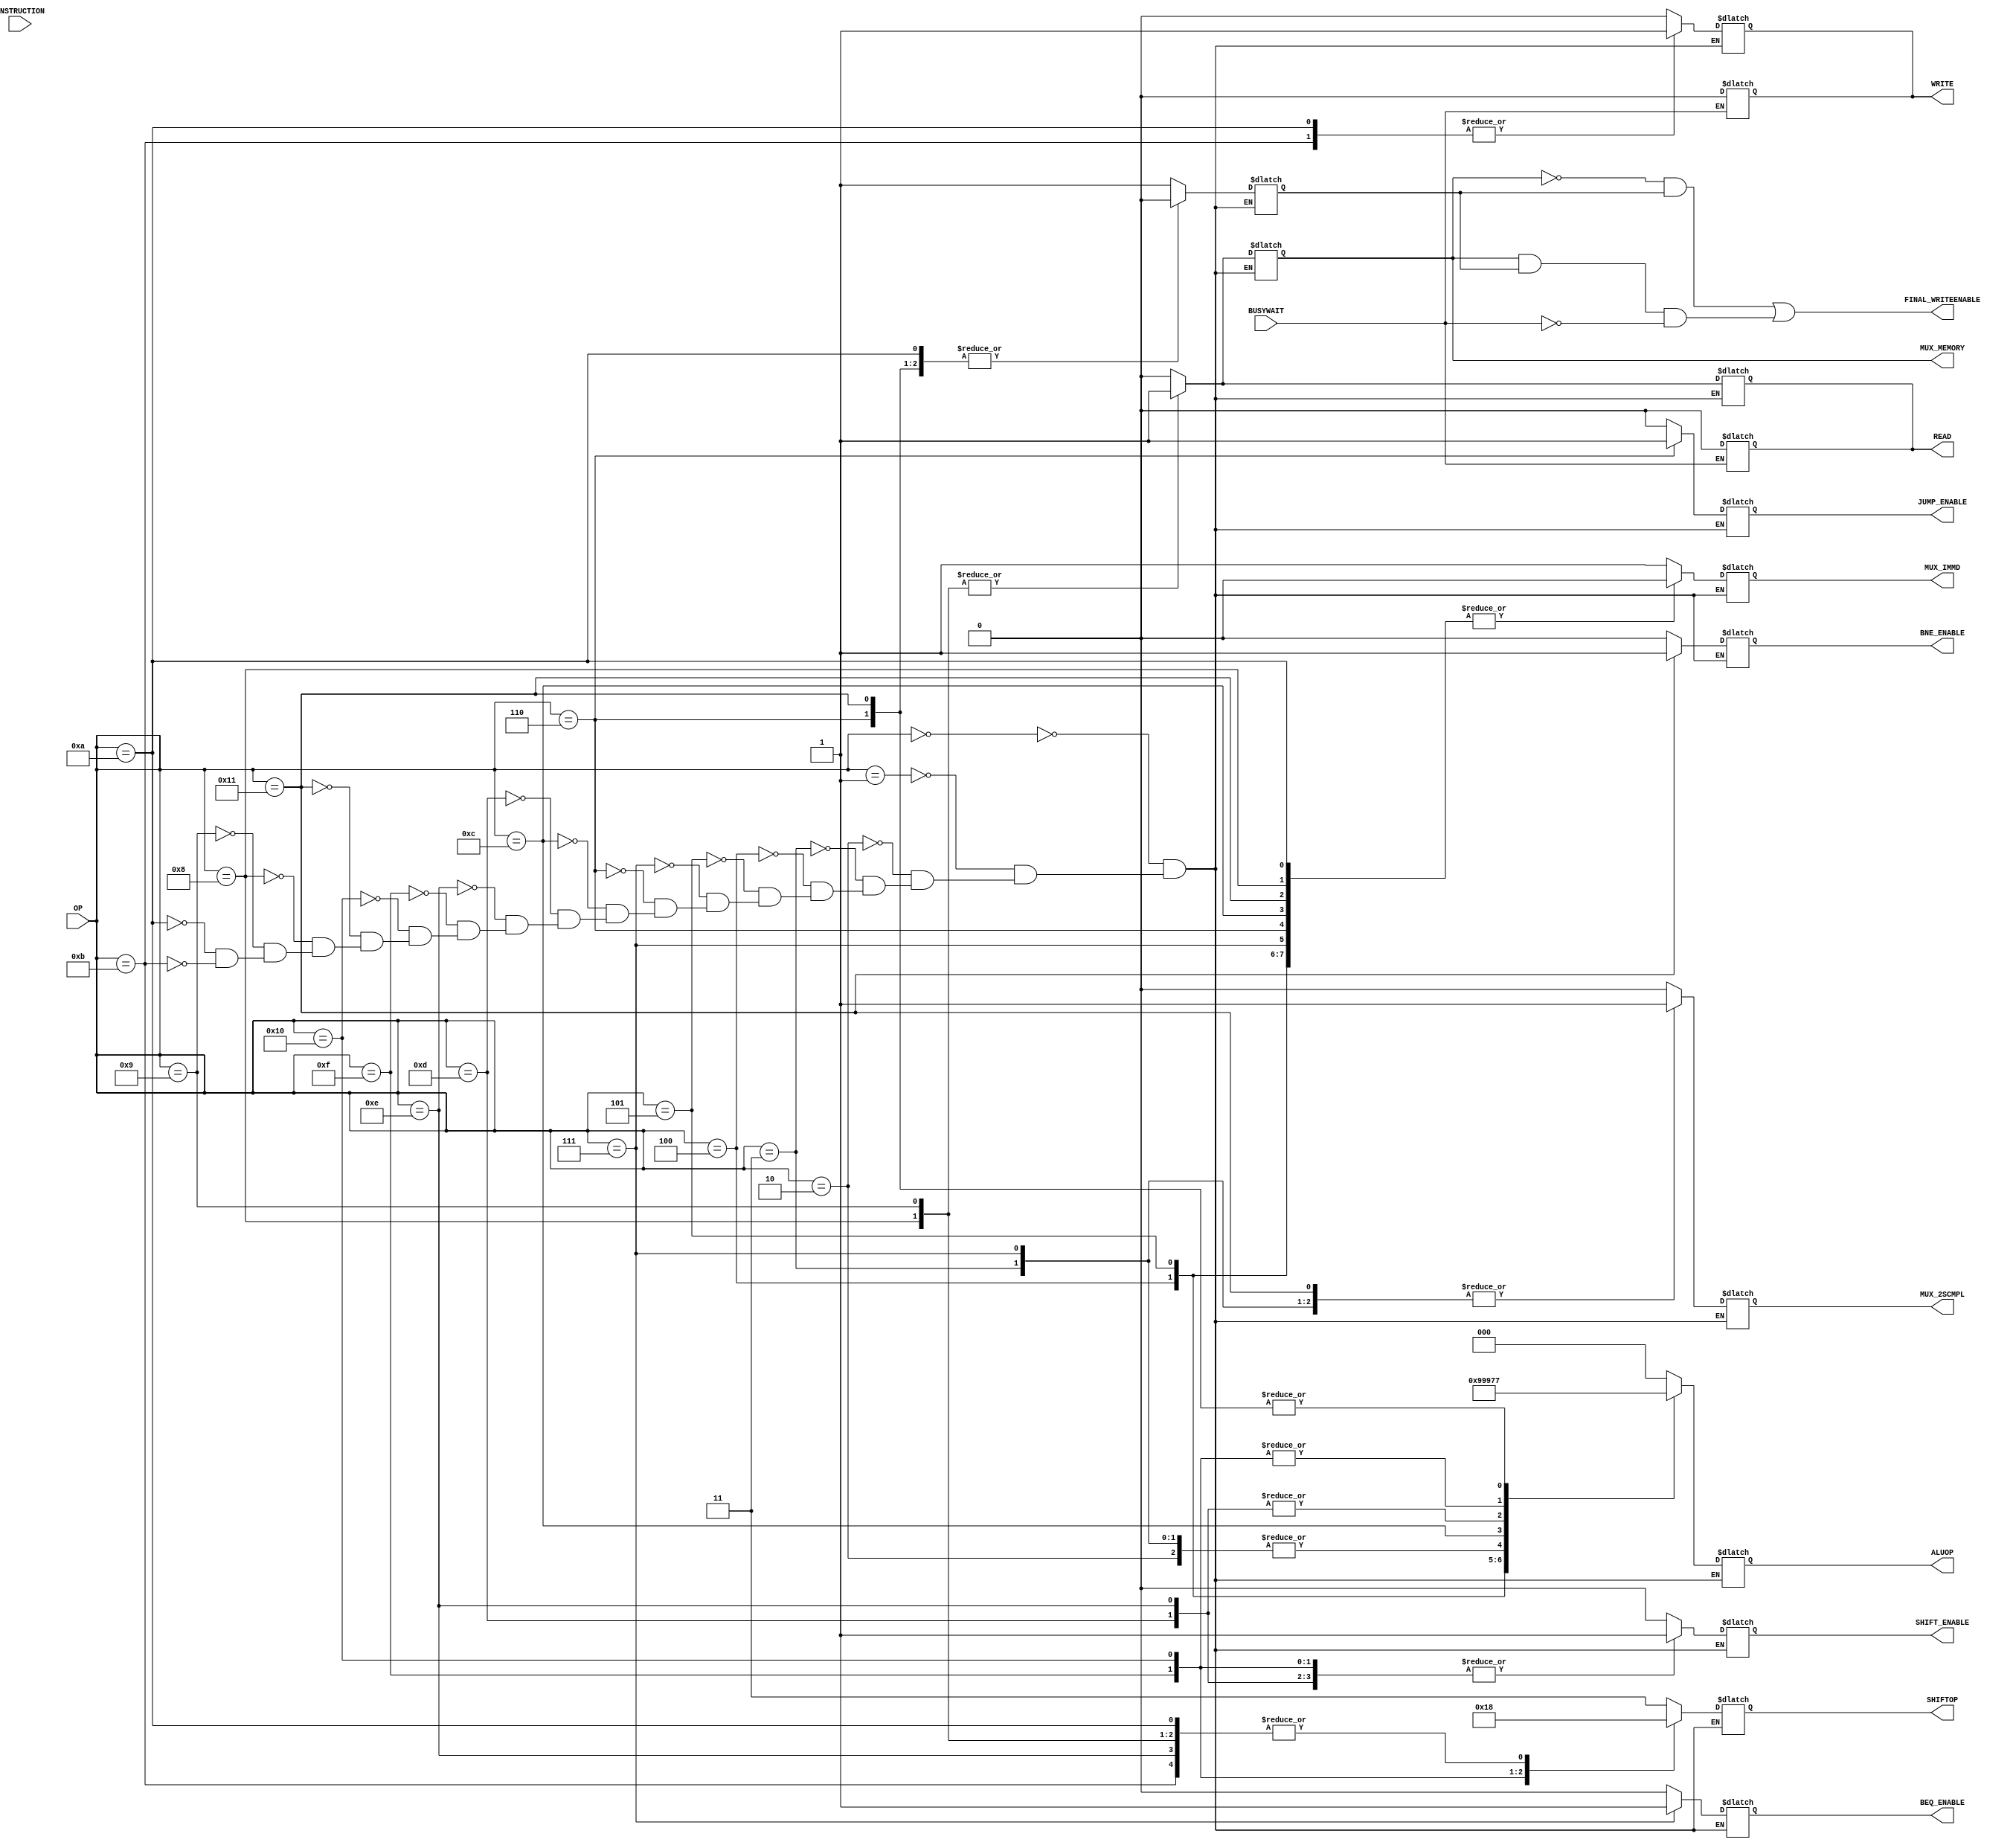
/*
 *
 *	Part 3
 *	CONTROL UNIT
 *
 *
 */

`timescale 1ns/100ps

module control_unit(BUSYWAIT, INSTRUCTION, WRITE, READ, MUX_MEMORY, ALUOP,MUX_2SCMPL,MUX_IMMD,FINAL_WRITEENABLE,BEQ_ENABLE, JUMP_ENABLE, BNE_ENABLE, SHIFT_ENABLE, SHIFTOP, OP );


	input BUSYWAIT;
	input [7:0] OP;						// opcode
	input [31:0] INSTRUCTION;
	output reg MUX_2SCMPL, MUX_IMMD, FINAL_WRITEENABLE, BEQ_ENABLE, JUMP_ENABLE, BNE_ENABLE, SHIFT_ENABLE, WRITE, READ, MUX_MEMORY;		// 1 bit outputs from control unit
	output reg [1:0] SHIFTOP;				// shift type
	output reg [2:0] ALUOP;					// 3-bits ALU opcode
	reg WRITEENABLE;
	
	always @(INSTRUCTION)
	begin 	
	
		#1

		case(OP)
			// case for load immediate value
			8'b00000000: begin
			
				ALUOP = 3'b000;		// alu operation code 
				MUX_2SCMPL = 1'b0;	// 2s complement select pin
				MUX_IMMD = 1'b1;	// immediadte value select pin
				WRITEENABLE = 1'b1;	// register write enable pin
				BEQ_ENABLE = 1'b0;	// branch equal enable pin
				JUMP_ENABLE = 1'b0;	// jump enable pin
				BNE_ENABLE = 1'b0;	// bne enable pin
				SHIFT_ENABLE = 1'b0;	// right left shift enable pin
				SHIFTOP = 2'bXX;	// shift type
				WRITE = 1'b0;		// memory write pin
				READ = 1'b0;		// memory read pin
				MUX_MEMORY = 1'b0;	// memory output write to register access pin
				
			end
			
			// case for move register value
			8'b00000001: begin

				ALUOP = 3'b000;		// alu operation code
                                MUX_2SCMPL = 1'b0;	// 2s complement select pin
                                MUX_IMMD = 1'b0;	// immediadte value select pin
                                WRITEENABLE = 1'b1;	// register write enable pin
				BEQ_ENABLE = 1'b0;      // branch equal enable pin
                                JUMP_ENABLE = 'b0;      // jump enable pin
				BNE_ENABLE = 1'b0;	// bne enable pin
				SHIFT_ENABLE = 1'b0;	// right left shift enable pin
				SHIFTOP = 2'bXX;	// shift type
				WRITE = 1'b0;		// memory write pin
				READ = 1'b0;		// memory read pin
				MUX_MEMORY = 1'b0;	// memory output write to register access pin
				
			end

			// case for add operation
			8'b00000010: begin
				
				ALUOP = 3'b001;		// alu operation code
                                MUX_2SCMPL = 1'b0;	// 2s complement select pin
                                MUX_IMMD = 1'b0;	// immediadte value select pin
                                WRITEENABLE = 1'b1;	// register write enable pin
				BEQ_ENABLE = 1'b0;      // branch equal enable pin
                                JUMP_ENABLE = 1'b0;     // jump enable pin
				BNE_ENABLE = 1'b0;	// bne enable pin
				SHIFT_ENABLE = 1'b0;	// right left shift enable pin
				SHIFTOP = 2'bXX;	// shift type
				WRITE = 1'b0;		// memory write pin
				READ = 1'b0;		// memory read pin
				MUX_MEMORY = 1'b0;	// memory output write to register access pin
				
			end

			// case for sub operation
			8'b00000011: begin

				ALUOP = 3'b001;		// alu operation code
                                MUX_2SCMPL = 1'b1;	// 2s complement select pin
                                MUX_IMMD = 1'b0;	// immediadte value select pin
                                WRITEENABLE = 1'b1;	// register write enable pin
				BEQ_ENABLE = 1'b0;      // branch equal enable pin
                                JUMP_ENABLE = 1'b0;     // jump enable pin
				BNE_ENABLE = 1'b0;	// bne enable pin
				SHIFT_ENABLE = 1'b0;	// right left shift enable pin
				SHIFTOP = 2'bXX;	// shift type
				WRITE = 1'b0;		// memory write pin
				READ = 1'b0;		// memory read pin
				MUX_MEMORY = 1'b0;	// memory output write to register access pin
				
			end	


			// case for and operation
			8'b00000100: begin
				
				ALUOP = 3'b010;		// alu operation code
                                MUX_2SCMPL = 1'b0;	// 2s complement select pin
                                MUX_IMMD = 1'b0;	// immediadte value select pin
                                WRITEENABLE = 1'b1;	// register write enable pin
				BEQ_ENABLE = 1'b0;      // branch equal enable pin
                                JUMP_ENABLE = 1'b0;     // jump enable pin
				BNE_ENABLE = 1'b0;	// bne enable pin
				SHIFT_ENABLE = 1'b0;	// right left shift enable pin
				SHIFTOP = 2'bXX;	// shift type
				WRITE = 1'b0;		// memory write pin
				READ = 1'b0;		// memory read pin
				MUX_MEMORY = 1'b0;	// memory output write to register access pin
				
                        end

			// case for or operation
			8'b00000101: begin
				
				ALUOP = 3'b011;		// alu operation code
                                MUX_2SCMPL = 1'b0;	// 2s complement select pin
                                MUX_IMMD = 1'b0;	// immediadte value select pin
                                WRITEENABLE = 1'b1;	// register write enable pin
				BEQ_ENABLE = 1'b0;      // branch equal enable pin
                                JUMP_ENABLE = 1'b0;     // jump enable pin
				BNE_ENABLE = 1'b0;	// bne enable pin
				SHIFT_ENABLE = 1'b0;	// right left shift enable pin
				SHIFTOP = 2'bXX;	// shift type
				WRITE = 1'b0;		// memory write pin
				READ = 1'b0;		// memory read pin
				MUX_MEMORY = 1'b0;	// memory output write to register access pin
				
                        end

			// case for beq
			8'b00000111: begin

				ALUOP = 3'b001;         // alu operation code
                                MUX_2SCMPL = 1'b1;      // 2s complement select pin
                                MUX_IMMD = 1'b0;        // immediadte value select pin
                                WRITEENABLE = 1'b0;     // register write enable pin
                                BEQ_ENABLE = 1'b1;      // branch equal enable pin
                                JUMP_ENABLE = 1'b0;     // jump enable pin
				BNE_ENABLE = 1'b0;	// bne enable pin
				SHIFT_ENABLE = 1'b0;	// right left shift enable pin
				SHIFTOP = 2'bXX;	// shift type
				WRITE = 1'b0;		// memory write pin
				READ = 1'b0;		// memory read pin
				MUX_MEMORY = 1'b0;	// memory output write to register access pin
				
			end	

			// case for jump
			8'b00000110: begin

				ALUOP = 3'b111;         // alu operation code
                                MUX_2SCMPL = 1'b0;      // 2s complement select pin
                                MUX_IMMD = 1'b0;        // immediadte value select pin
                                WRITEENABLE = 1'b0;     // register write enable pin
                                BEQ_ENABLE = 1'b0;      // branch equal enable pin
                                JUMP_ENABLE = 1'b1;     // jump enable pin
				BNE_ENABLE = 1'b0;	// bne enable pin
				SHIFT_ENABLE = 1'b0;	// right left shift enable pin
				SHIFTOP = 2'bXX;	// shift type
				WRITE = 1'b0;		// memory write pin
				READ = 1'b0;		// memory read pin
				MUX_MEMORY = 1'b0;	// memory output write to register access pin
				

			end
			
			
			
			// case for multiplication 
			8'b00001100: begin
				
				ALUOP = 3'b100;         // alu operation code
				MUX_2SCMPL = 1'b0;      // 2s complement select pin
				MUX_IMMD = 1'b0;        // immediadte value select pin
				WRITEENABLE = 1'b1;     // register write enable pin
				BEQ_ENABLE = 1'b0;      // branch equal enable pin
				JUMP_ENABLE = 1'b0;     // jump enable pin
				BNE_ENABLE = 1'b0;	// bne enable pin
				SHIFT_ENABLE = 1'b0;	// right left shift enable pin
				SHIFTOP = 2'bXX;	// shift type
				WRITE = 1'b0;		// memory write pin
				READ = 1'b0;		// memory read pin
				MUX_MEMORY = 1'b0;	// memory output write to register access pin
				
			end
			
			// case for left logical shift
			8'b00001101: begin
				
				ALUOP = 3'b101;         // alu operation code
				MUX_2SCMPL = 1'b0;      // 2s complement select pin
				MUX_IMMD = 1'b1;        // immediadte value select pin
				WRITEENABLE = 1'b1;     // register write enable pin
				BEQ_ENABLE = 1'b0;      // branch equal enable pin
				JUMP_ENABLE = 1'b0;     // jump enable pin
				BNE_ENABLE = 1'b0;	// bne enable pin
				SHIFT_ENABLE = 1'b1;	// right left shift enable pin
				SHIFTOP = 2'b11;	// shift type
				WRITE = 1'b0;		// memory write pin
				READ = 1'b0;		// memory read pin
				MUX_MEMORY = 1'b0;	// memory output write to register access pin
				
			
			end
			
			// case for right logical shift
			8'b00001110: begin
			
				ALUOP = 3'b101;         // alu operation code
				MUX_2SCMPL = 1'b0;      // 2s complement select pin
				MUX_IMMD = 1'b1;        // immediadte value select pin
				WRITEENABLE = 1'b1;     // register write enable pin
				BEQ_ENABLE = 1'b0;      // branch equal enable pin
				JUMP_ENABLE = 1'b0;     // jump enable pin
				BNE_ENABLE = 1'b0;	// bne enable pin
				SHIFT_ENABLE = 1'b1;	// right left shift enable pin
				SHIFTOP = 2'b00;	// shift type
				WRITE = 1'b0;		// memory write pin
				READ = 1'b0;		// memory read pin
				MUX_MEMORY = 1'b0;	// memory output write to register access pin
				
			end
			
			// case for right arithmetic shift
			8'b00001111: begin
				
				ALUOP = 3'b110;         // alu operation code
				MUX_2SCMPL = 1'b0;      // 2s complement select pin
				MUX_IMMD = 1'b1;        // immediadte value select pin
				WRITEENABLE = 1'b1;     // register write enable pin
				BEQ_ENABLE = 1'b0;      // branch equal enable pin
				JUMP_ENABLE = 1'b0;     // jump enable pin
				BNE_ENABLE = 1'b0;	// bne enable pin
				SHIFT_ENABLE = 1'b1;	// right left shift enable pin
				SHIFTOP = 2'b01;	// shift type
				WRITE = 1'b0;		// memory write pin
				READ = 1'b0;		// memory read pin
				MUX_MEMORY = 1'b0;	// memory output write to register access pin
			
			end
			
			// case for rotate right 
			8'b00010000: begin
				
				ALUOP = 3'b110;         // alu operation code
				MUX_2SCMPL = 1'b0;      // 2s complement select pin
				MUX_IMMD = 1'b1;        // immediadte value select pin
				WRITEENABLE = 1'b1;     // register write enable pin
				BEQ_ENABLE = 1'b0;      // branch equal enable pin
				JUMP_ENABLE = 1'b0;     // jump enable pin
				BNE_ENABLE = 1'b0;	// bne enable pin
				SHIFT_ENABLE = 1'b1;	// right left shift enable pin
				SHIFTOP = 2'b10;	// shift type
				WRITE = 1'b0;		// memory write pin
				READ = 1'b0;		// memory read pin
				MUX_MEMORY = 1'b0;	// memory output write to register access pin
			
			end
			
			
			
			// case for bne
			8'b00010001: begin
				
				ALUOP = 3'b111;         // alu operation code
                                MUX_2SCMPL = 1'b1;      // 2s complement select pin
                                MUX_IMMD = 1'b0;        // immediadte value select pin
                                WRITEENABLE = 1'b0;     // register write enable pin
                                BEQ_ENABLE = 1'b0;      // branch equal enable pin
                                JUMP_ENABLE = 1'b0;     // jump enable pin
				BNE_ENABLE = 1'b1;	// bne enable pin
				SHIFT_ENABLE = 1'b0;	// right left shift enable pin
				SHIFTOP = 2'bXX;	// shift type
				WRITE = 1'b0;		// memory write pin
				READ = 1'b0;		// memory read pin
				MUX_MEMORY = 1'b0;	// memory output write to register access pin

			end
			
			// case for lwd
			8'b00001000: begin
			
				ALUOP = 3'b000;         // alu operation code
				MUX_2SCMPL = 1'b0;      // 2s complement select pin
				MUX_IMMD = 1'b0;        // immediadte value select pin
				WRITEENABLE = 1'b1;     // register write enable pin
				BEQ_ENABLE = 1'b0;      // branch equal enable pin
				JUMP_ENABLE = 1'b0;     // jump enable pin
				BNE_ENABLE = 1'b0;	// bne enable pin
				SHIFT_ENABLE = 1'b0;	// right left shift enable pin
				SHIFTOP = 2'b00;	// shift type
				WRITE = 1'b0;		// memory write pin
				READ = 1'b1;		// memory read pin
				MUX_MEMORY = 1'b1;	// memory output write to register access pin
			
			end
			
			
			// case for lwi
			8'b00001001: begin
			
				ALUOP = 3'b000;         // alu operation code
				MUX_2SCMPL = 1'b0;      // 2s complement select pin
				MUX_IMMD = 1'b1;        // immediadte value select pin
				WRITEENABLE = 1'b1;     // register write enable pin
				BEQ_ENABLE = 1'b0;      // branch equal enable pin
				JUMP_ENABLE = 1'b0;     // jump enable pin
				BNE_ENABLE = 1'b0;	// bne enable pin
				SHIFT_ENABLE = 1'b0;	// right left shift enable pin
				SHIFTOP = 2'b00;	// shift type
				WRITE = 1'b0;		// memory write pin
				READ = 1'b1;		// memory read pin
				MUX_MEMORY = 1'b1;	// memory output write to register access pin
			
			end
			
			
			// case for swd
			8'b00001010: begin
			
				ALUOP = 3'b000;         // alu operation code
				MUX_2SCMPL = 1'b0;      // 2s complement select pin
				MUX_IMMD = 1'b0;        // immediadte value select pin
				WRITEENABLE = 1'b0;     // register write enable pin
				BEQ_ENABLE = 1'b0;      // branch equal enable pin
				JUMP_ENABLE = 1'b0;     // jump enable pin
				BNE_ENABLE = 1'b0;	// bne enable pin
				SHIFT_ENABLE = 1'b0;	// right left shift enable pin
				SHIFTOP = 2'b00;	// shift type
				WRITE = 1'b1;		// memory write pin
				READ = 1'b0;		// memory read pin
				MUX_MEMORY = 1'b0;	// memory output write to register access pin
			
			end
			
			
			// case for swi
			8'b00001011: begin
			
				ALUOP = 3'b000;         // alu operation code
				MUX_2SCMPL = 1'b0;      // 2s complement select pin
				MUX_IMMD = 1'b1;        // immediadte value select pin
				WRITEENABLE = 1'b0;     // register write enable pin
				BEQ_ENABLE = 1'b0;      // branch equal enable pin
				JUMP_ENABLE = 1'b0;     // jump enable pin
				BNE_ENABLE = 1'b0;	// bne enable pin
				SHIFT_ENABLE = 1'b0;	// right left shift enable pin
				SHIFTOP = 2'b00;	// shift type
				WRITE = 1'b1;		// memory write pin
				READ = 1'b0;		// memory read pin
				MUX_MEMORY = 1'b0;	// memory output write to register access pin
			
			end
	
			
		endcase
	end

	// set read and write singnals to zero when busywait signal is zero
	always @(BUSYWAIT) begin
		if (BUSYWAIT == 0) begin
			READ = 0;
			WRITE = 0;

		end
		
	end


	
	// always @(posedge BUSYWAIT) begin
	// 	WRITEENABLE = 0;
	// end


	// always @(negedge BUSYWAIT) begin
	// 	WRITEENABLE = 1;

	// end
	always @(MUX_MEMORY, WRITEENABLE, BUSYWAIT) begin
		// If data memory is not used and WRITEENABLE is 1, then we can write to register file
        // If data memory is used and WRITEENABLE is 1 and busywait is not 1, then we can write to register
		FINAL_WRITEENABLE = (!MUX_MEMORY & WRITEENABLE) | (MUX_MEMORY & WRITEENABLE & !BUSYWAIT);
		
	end


endmodule